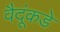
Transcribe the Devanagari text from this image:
वैदूंकडे